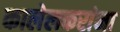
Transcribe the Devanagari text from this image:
कालेलकरांना